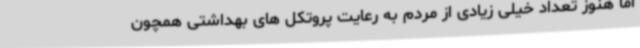
اما هنوز تعداد خیلی زیادی از مردم به رعایت پروتکل های بهداشتی همچون